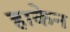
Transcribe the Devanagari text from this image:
हाकेन